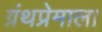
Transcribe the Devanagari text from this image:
ग्रंथप्रेमाला